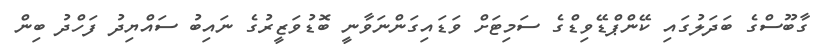
ގާބޫސްގެ ބަދަލުގައި ކޭންޕްޑޭވިޑްގެ ސަމިޓަށް ވަޑައިގަންނަވާނީ ބޮޑުވަޒީރުގެ ނައިބު ސައްޔިދު ފަހްދު ބިން